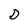
Character: D